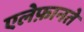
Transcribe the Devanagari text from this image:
एलेफ़ानते